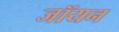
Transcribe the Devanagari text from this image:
जॉयन